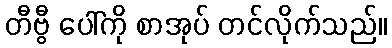
တီဗွီ ပေါ်ကို စာအုပ် တင်လိုက်သည်။